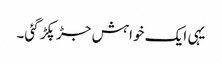
یہی ایک خواہش جڑ پکڑ گئی۔